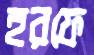
হরফে